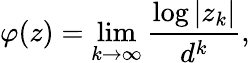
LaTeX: \varphi(z)=\operatorname*{lim}_{k\to\infty}{\frac{\log|z_{k}|}{d^{k}}},